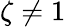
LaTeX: \zeta\neq 1